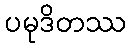
ပမုဒိတဿ